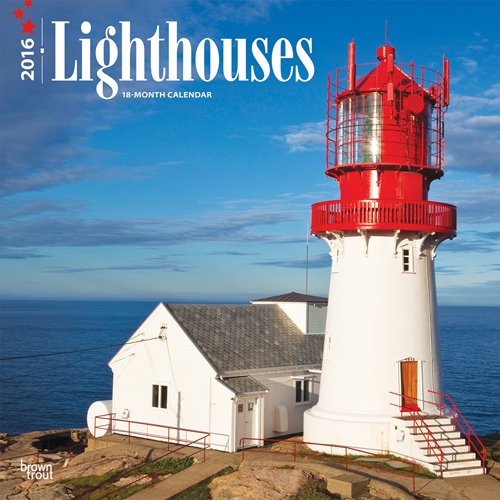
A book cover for Lighthouses 2016 Square 12x12; Browntrout Publishers; Calendars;